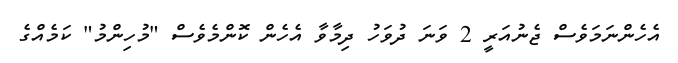
އެހެންނަމަވެސް ޖެނުއަރީ 2 ވަނަ ދުވަހު ދިމާވާ އެހެން ކޮންމެވެސް "މުހިންމު" ކަމެއްގެ